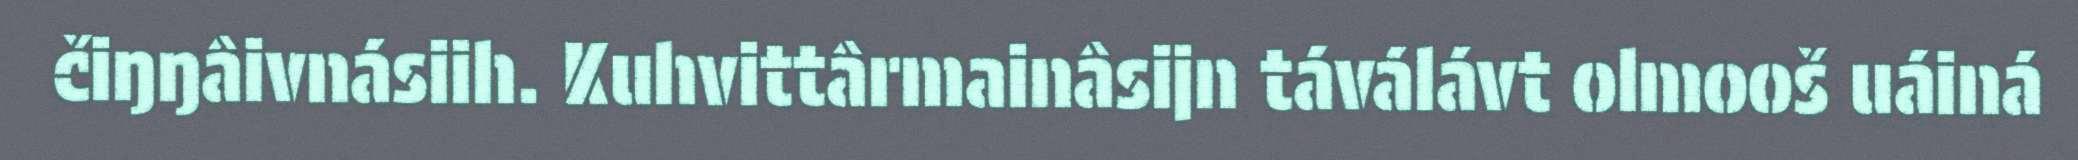
čiŋŋâivnásiih. Kuhvittârmainâsijn táválávt olmooš uáiná